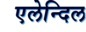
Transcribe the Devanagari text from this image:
एलेन्दिल